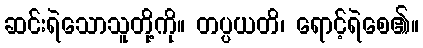
ဆင်းရဲသောသူတို့ကို။ တပ္ပယတိ၊ ရောင့်ရဲစေ၏။